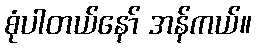
စုံပါတယ်နော် အန်ကယ်။